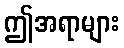
ဤအရာများ